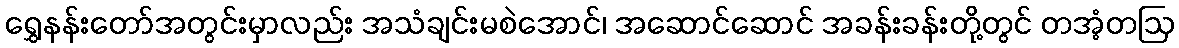
ရွှေနန်းတော်အတွင်းမှာလည်း အသံချင်းမစဲအောင်၊ အဆောင်ဆောင် အခန်းခန်းတို့တွင် တအံ့တဩ